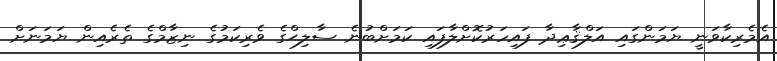
އެމެރިކާވަނީ ޔަމަންގައި އަލްޤާޢިދާ ފައިހަރުކޮށްލާފައި ކަމަށްބުނެ ސާލިޙްގެ ވެރިކަމުގެ ނިޒާމްގެ ތެރެއިން ޔަމަނަށް